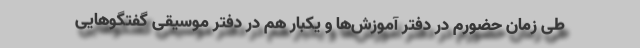
طی زمان حضورم در دفتر آموزش‌ها و یکبار هم در دفتر موسیقی گفتگوهایی